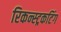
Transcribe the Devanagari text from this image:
रिकन्स्ट्रकटिंग